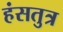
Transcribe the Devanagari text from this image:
हंसतुत्र